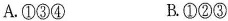
A.①③④ B.①②③